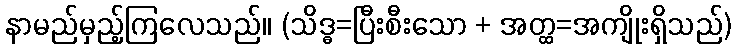
နာမည်မှည့်ကြလေသည်။ (သိဒ္ဓ=ပြီးစီးသော + အတ္ထ=အကျိုးရှိသည်)